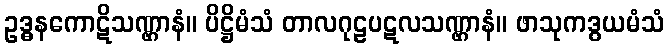
ဥဒ္ဓနကောဋိသဏ္ဌာနံ။ ပိဋ္ဌိမံသံ တာလဂုဠပဋလသဏ္ဌာနံ။ ဖာသုကဒွယမံသံ